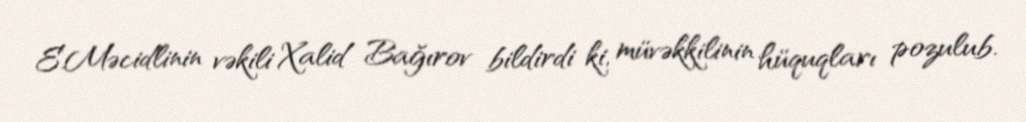
E.Məcidlinin vəkili Xalid Bağırov bildirdi ki, müvəkkilinin hüquqları pozulub.